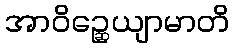
အာဝိဉ္ဆေယျာမာတိ